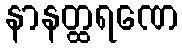
နာနတ္ထရဏေ